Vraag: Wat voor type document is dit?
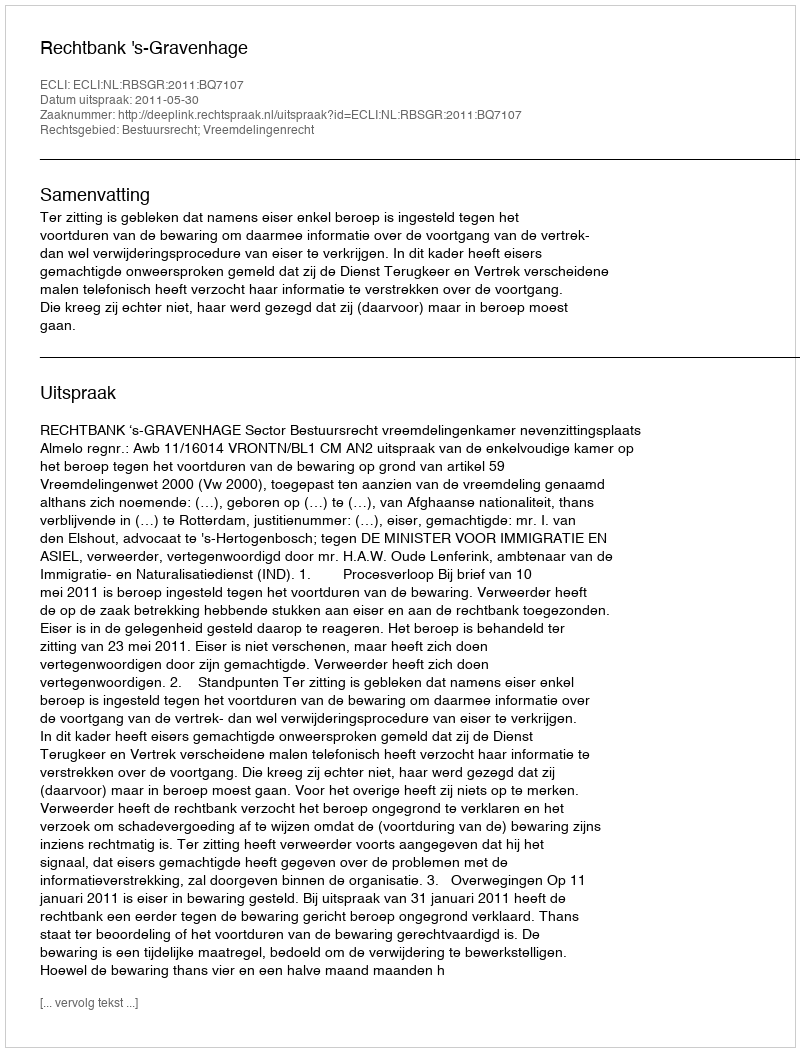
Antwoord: Uitspraak